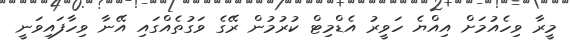
މީރާ ވިހެއުމަށް އިއްޔެ ހަވީރު އެޑްމިޓް ކުރުމުން ރޭގެ ވަގުތެއްގައި އޭނާ ވިހާފައިވަނީ